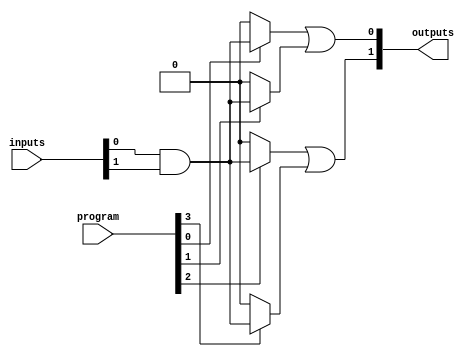
module HS_PAL #(parameter NUM_INPUTS = 8, // Number of inputs
                parameter NUM_AND_TERMS = 4, // Number of programmable AND gates
                parameter NUM_OUTPUTS = 2) // Number of fixed OR outputs
(
    input wire [NUM_INPUTS-1:0] inputs, // Input signals
    input wire [NUM_AND_TERMS-1:0] program, // Programming signals (for AND terms)
    output wire [NUM_OUTPUTS-1:0] outputs // Output signals
);

// Internal signals for AND gate outputs
wire [NUM_AND_TERMS-1:0] and_outputs;

// Programmable AND array
genvar i;
generate
    for (i = 0; i < NUM_AND_TERMS; i = i + 1) begin : and_array
        // Each AND gate is programmed based on the 'program' input
        assign and_outputs[i] = (program[i]) ? (inputs[0] & inputs[1]) : 1'b0; // Example logic
    end
endgenerate

// Fixed OR array
assign outputs[0] = and_outputs[0] | and_outputs[1]; // Example OR logic
assign outputs[1] = and_outputs[2] | and_outputs[3]; // Example OR logic

endmodule